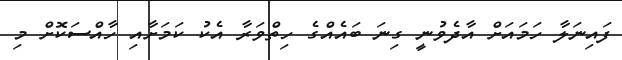
ފައިނަލާ ހަމައަށް އާދެވުނީ ގިނަ ބައެއްގެ ހިތްވަރާ އެކު ކަމަށާއި ހާއްސަކޮށް މި